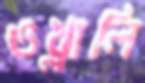
ওথ্‌লালি